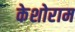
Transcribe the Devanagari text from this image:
केशोराम